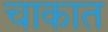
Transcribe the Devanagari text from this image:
चाकात